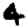
Digit: 4